Annual administration report of the Civil Veterinary Department of India - 1904-1905
Year: 1904
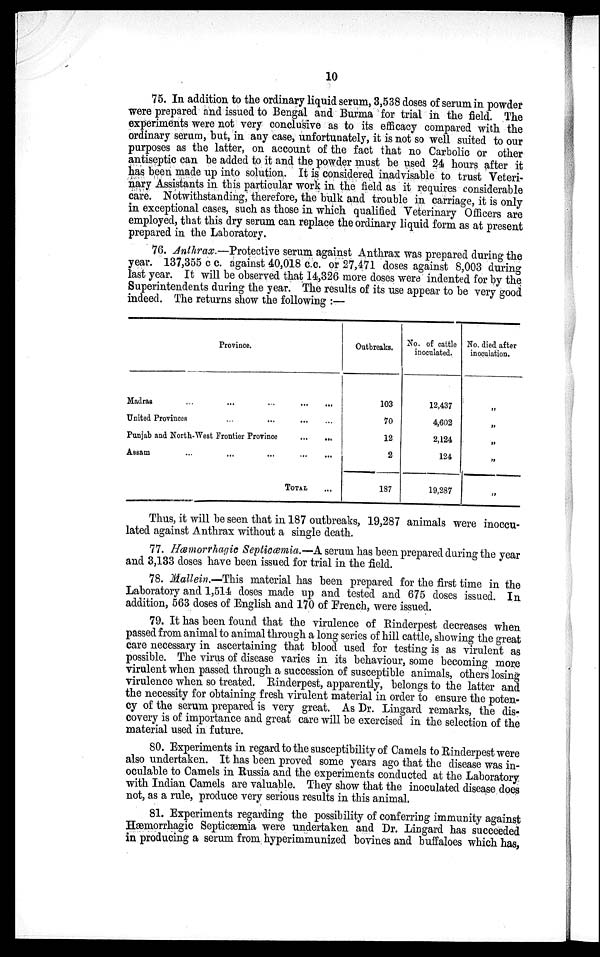
10
75. In addition to the ordinary liquid serum, 3,538 doses of serum in powder
were prepared and issued to Bengal and Burma for trial in the field. The
experiments were not very conclusive as to its efficacy compared with the
ordinary serum, but, in any case, unfortunately, it is not so well suited to our
purposes as the latter, on account of the fact that no Carbolic or other
antiseptic can be added to it and the powder must be used 24 hours after it
has been made up into solution. It is considered inadvisable to trust Veteri-
nary Assistants in this particular work in the field as it requires considerable
care. Notwithstanding, therefore, the bulk and trouble in carriage, it is only
in exceptional cases, such as those in which qualified Veterinary Officers are
employed, that this dry serum can replace the ordinary liquid form as at present
prepared in the Laboratory.
76. Anthrax.—Protective serum against Anthrax was prepared during the
year. 137,355 c c. against 40,018 c.c. or 27,471 doses against 8,003 during
last year. It will be observed that 14,326 more doses were indented for by the
Superintendents during the year. The results of its use appear to be very good
indeed. The returns show the following :—
Province.
Madras
...
...
...
...
...
United Provinces
...
...
...
...
Punjab and North-West Frontier Province
... ...
Assam
...
...
...
...
TOTAL ...
Outbreaks.
103
70
12
2
187
No. of cattle
inoculated.
12,437
4,602
2,124
124
19,287
No. died after
inoculation.
„
„
„
„
„
Thus, it will be seen that in 187 outbreaks, 19,287 animals were inoccu-
lated against Anthrax without a single death.
77. Hæmorrhagic Septicæmia.—A serum has been prepared during the year
and 3,133 doses have been issued for trial in the field.
78. Mallein.—This material has been prepared for the first time in the
Laboratory and 1,514 doses made up and tested and 675 doses issued. In
addition, 563 doses of English and 170 of French, were issued.
79. It has been found that the virulence of Rinderpest decreases when
passed from animal to animal through a long series of hill cattle, showing the great
care necessary in ascertaining that blood used for testing is as virulent as
possible. The virus of disease varies in its behaviour, some becoming more
virulent when passed through a succession of susceptible animals, others losing
virulence when so treated. Rinderpest, apparently, belongs to the latter and
the necessity for obtaining fresh virulent material in order to ensure the poten-
cy of the serum prepared is very great. As Dr. Lingard remarks, the dis-
covery is of importance and great care will be exercised in the selection of the
material used in future.
80. Experiments in regard to the susceptibility of Camels to Rinderpest were
also undertaken. It has been proved some years ago that the disease was in¬
oculable to Camels in Russia and the experiments conducted at the Laboratory,
with Indian Camels are valuable. They show that the inoculated disease does
not, as a rule, produce very serious results in this animal.
81. Experiments regarding the possibility of conferring immunity against
Hæmorrhagic Septicæmia were undertaken and Dr. Lingard has succeeded
in producing a serum from hyperimmunized bovines and buffaloes which has,